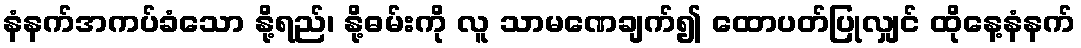
နံနက်အကပ်ခံသော နို့ရည်၊ နို့ဓမ်းကို လူ သာမဏေချက်၍ ထောပတ်ပြုလျှင် ထိုနေ့နံနက်